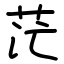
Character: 茫